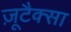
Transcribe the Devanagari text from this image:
ज़ूटैक्सा